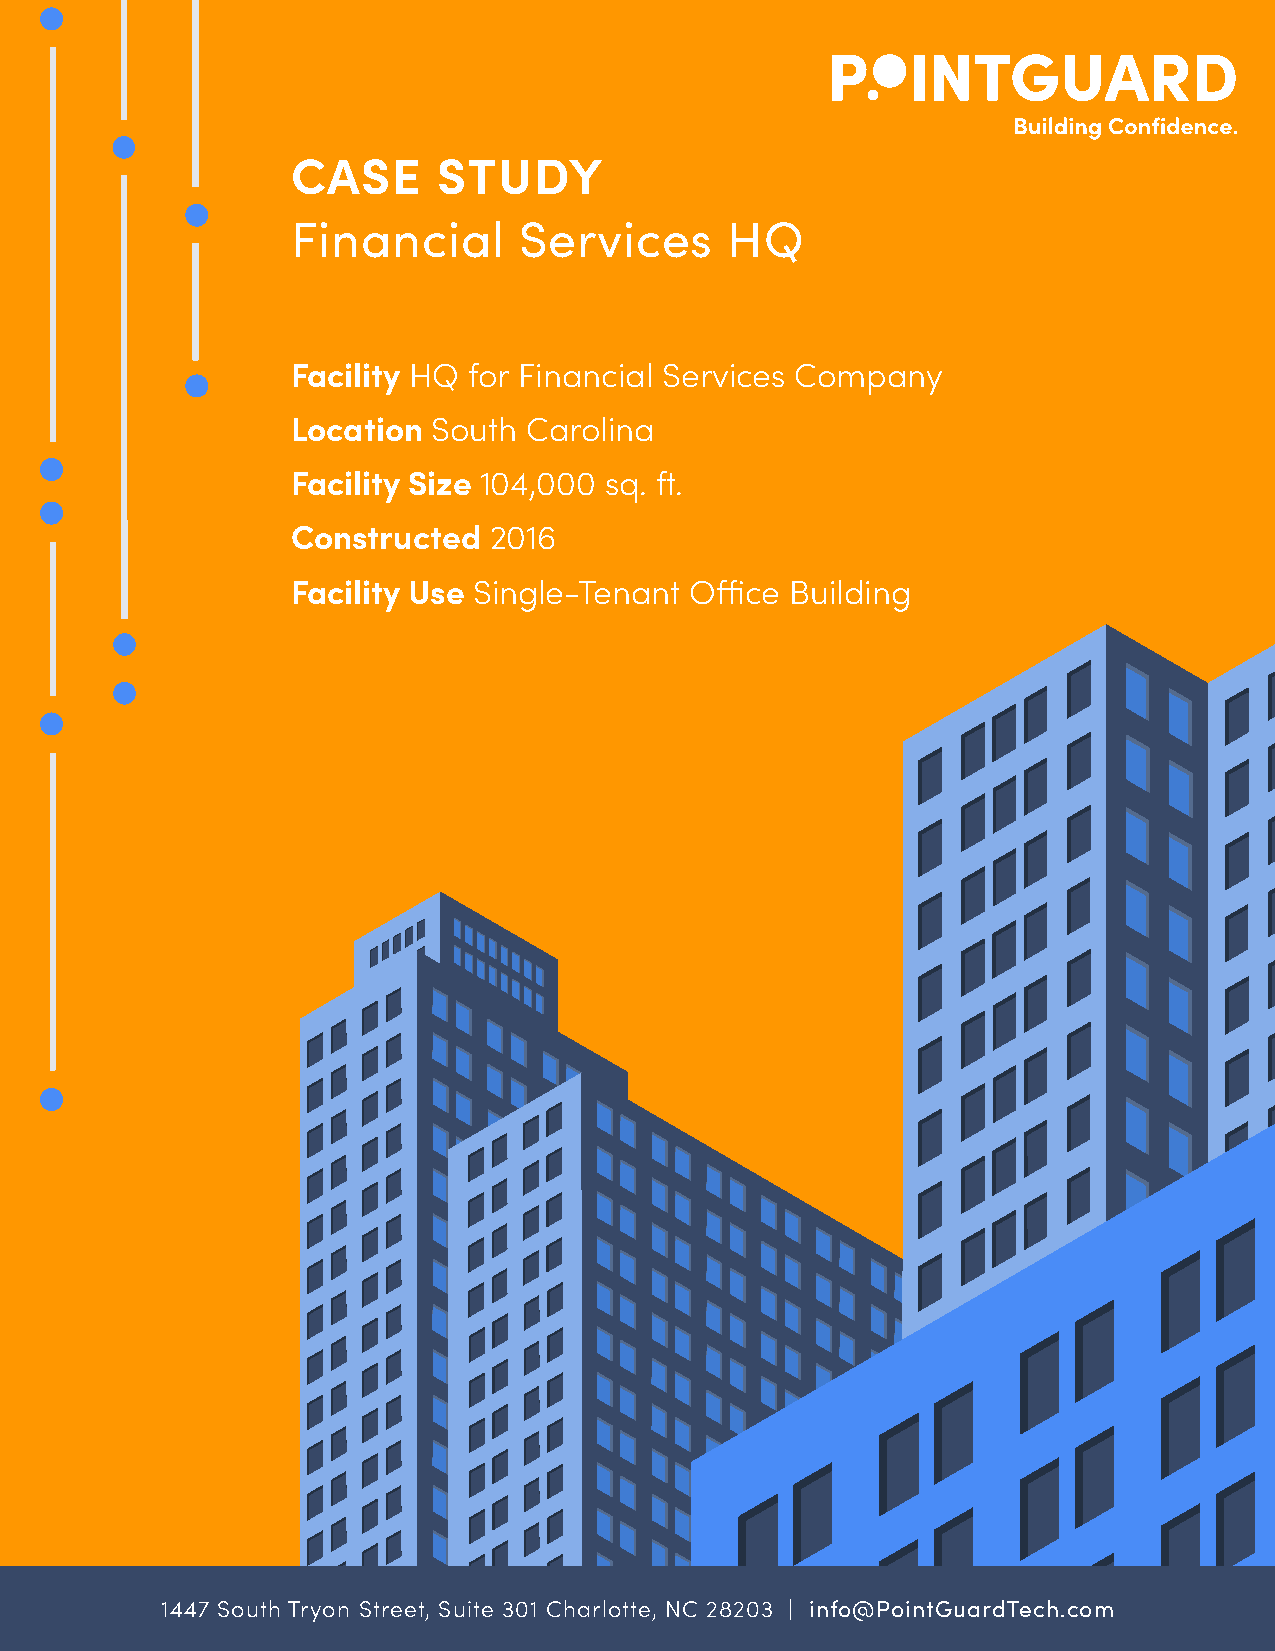
CASE      STUDY
 Financial      Services      HQ
 Facility HQ for Financial Services Company
 Location  South Carolina
 Facility Size 104,000 sq. ft.
 Constructed  2016
 Facility Use Single-Tenant Office Building
 1447 South Tryon Street, Suite 301 Charlotte, NC 28203 | info@PointGuardTech.com